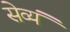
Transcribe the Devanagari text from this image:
सेव्यं